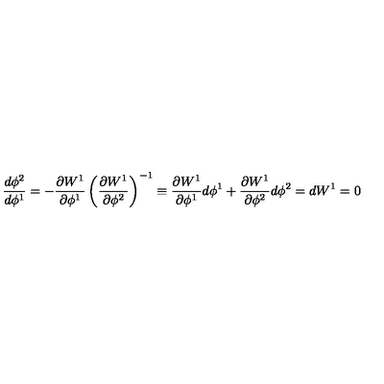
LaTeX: \frac { d \phi ^ { 2 } } { d \phi ^ { 1 } } = - \frac { \partial W ^ { 1 } } { \partial \phi ^ { 1 } } \left( \frac { \partial W ^ { 1 } } { \partial \phi ^ { 2 } } \right) ^ { - 1 } \equiv \frac { \partial W ^ { 1 } } { \partial \phi ^ { 1 } } d \phi ^ { 1 } + \frac { \partial W ^ { 1 } } { \partial \phi ^ { 2 } } d \phi ^ { 2 } = d W ^ { 1 } = 0